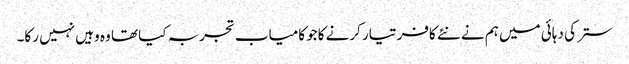
ستر کی دہائی میں ہم نے نئے کافر تیار کرنے کاجو کامیاب تجربہ کیا تھا وہ وہیں نہیں رکا۔